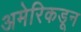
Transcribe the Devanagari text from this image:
अमेरिकडून